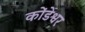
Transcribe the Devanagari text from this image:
कोंडेश्वर